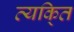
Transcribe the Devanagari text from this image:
व्यकि्‌त